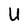
Character: U